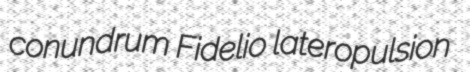
conundrum Fidelio lateropulsion